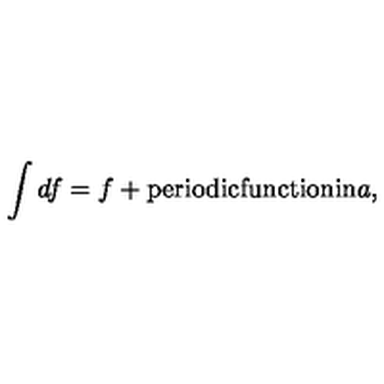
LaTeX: \int d f = f + \mathrm { p e r i o d i c f u n c t i o n i n } a ,